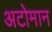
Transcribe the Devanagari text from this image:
अटोमान